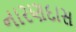
નારણદાસ